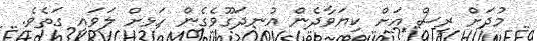
މުދަށް ރިސް އަށް ކިޔަވާދެން އުނދަގޫވެގެން ހަޅށް ލަވައި ގަތެވެ.